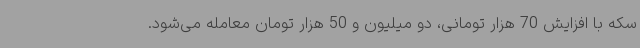
سکه با افزایش 70 هزار تومانی، دو میلیون و 50 هزار تومان معامله می‌شود.